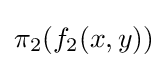
\pi _{2}(f_{2}(x,y))